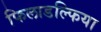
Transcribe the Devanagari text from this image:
फिलाडल्फिया